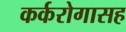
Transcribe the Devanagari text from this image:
कर्करोगासह